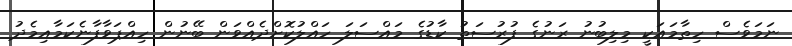
ނަމަވެސް ހިތާމައަކީ މިލިބުނު ރަނުގެ ފުރުސަތު ކާޑުގެ މައްސަލަ ހައްލުކޮށްދެއްވަން ބޭނުން ހިއްޕަވާފާނެކަމާއިމެދު